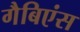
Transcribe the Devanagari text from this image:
गैबिएंस